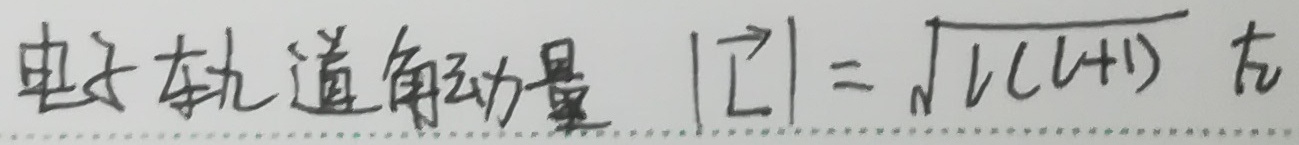
电子轨道角动量 \(|\vec{L}| = \sqrt{l(l + 1)}\hbar\)